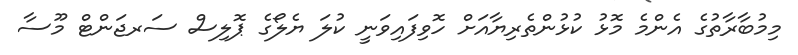
މިމުބާރާތުގެ އެންމެ މޮޅު ކުޅުންތެރިޔާއަށް ހޮވިފައިވަނީ ކުލަ ޔެލޯގެ ޕޮލިސް ސަރޖަންޓް މޫސާ